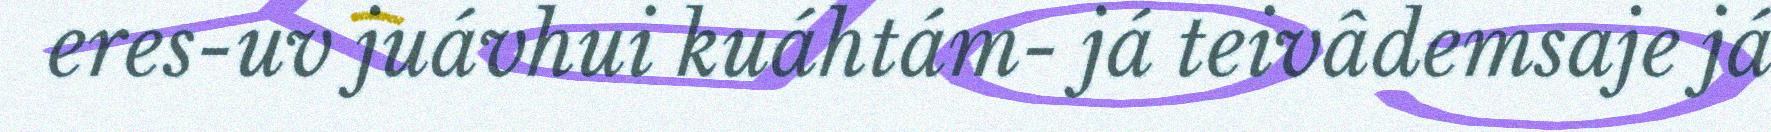
eres-uv juávhui kuáhtám- já teivâdemsaje já